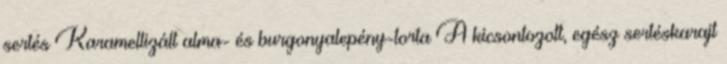
sertés Karamellizált alma- és burgonyalepény-torta A kicsontozott, egész sertéskarajt